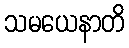
သမယေနာတိ